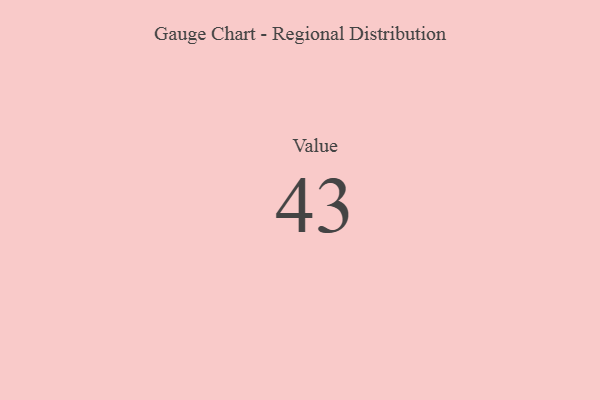
{"axis": {"x": "Metric", "y": "Value"}, "legend": [""], "data": [{"x": "Value", "y": 43, "type": ""}]}